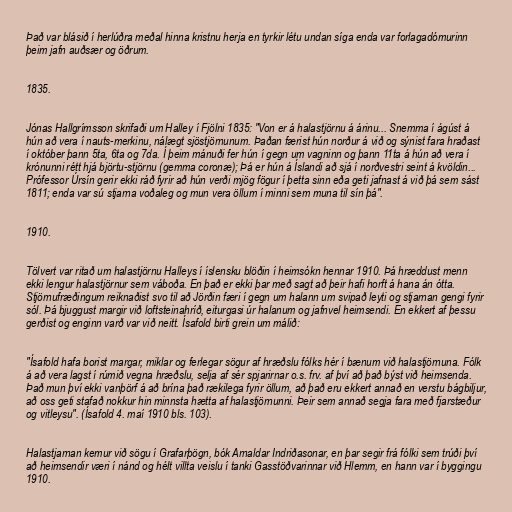
Það var blásið í herlúðra meðal hinna kristnu herja en tyrkir létu undan síga enda var forlagadómurinn
þeim jafn auðsær og öðrum.

1835.

Jónas Hallgrímsson skrifaði um Halley í Fjölni 1835: "Von er á halastjörnu á árinu... Snemma í ágúst á
hún að vera í nauts-merkinu, nálægt sjöstjörnunum. Þaðan færist hún norður á við og sýnist fara hraðast
í október þann 5ta, 6ta og 7da. Í þeim mánuði fer hún í gegn um vagninn og þann 11ta á hún að vera í
krónunni rétt hjá björtu-stjörnu (gemma coronæ); Þá er hún á Íslandi að sjá í norðvestri seint á kvöldin...
Prófessor Úrsín gerir ekki ráð fyrir að hún verði mjög fögur í þetta sinn eða geti jafnast á við þá sem sást
1811; enda var sú stjarna voðaleg og mun vera öllum í minni sem muna til sín þá".

1910.

Tölvert var ritað um halastjörnu Halleys í íslensku blöðin í heimsókn hennar 1910. Þá hræddust menn
ekki lengur halastjörnur sem váboða. En það er ekki þar með sagt að þeir hafi horft á hana án ótta.
Stjörnufræðingum reiknaðist svo til að Jörðin færi í gegn um halann um svipað leyti og stjarnan gengi fyrir
sól. Þá bjuggust margir við loftsteinahríð, eiturgasi úr halanum og jafnvel heimsendi. En ekkert af þessu
gerðist og enginn varð var við neitt. Ísafold birti grein um málið:

"Ísafold hafa borist margar, miklar og ferlegar sögur af hræðslu fólks hér í bænum við halastjörnuna. Fólk
á að vera lagst í rúmið vegna hræðslu, selja af sér spjarirnar o.s. frv. af því að það býst við heimsenda.
Það mun því ekki vanþörf á að brína það rækilega fyrir öllum, að það eru ekkert annað en verstu bágbiljur,
að oss geti stafað nokkur hin minnsta hætta af halastjörnunni. Þeir sem annað segja fara með fjarstæður
og vitleysu". (Ísafold 4. maí 1910 bls. 103).

Halastjarnan kemur við sögu í Grafarþögn, bók Arnaldar Indriðasonar, en þar segir frá fólki sem trúði því
að heimsendir væri í nánd og hélt villta veislu í tanki Gasstöðvarinnar við Hlemm, en hann var í byggingu
1910.